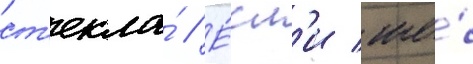
ст'екла́ // Е́сл'и же́